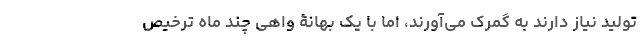
تولید نیاز دارند به گمرک می‌آورند، اما با یک بهانۀ واهی چند ماه ترخیص